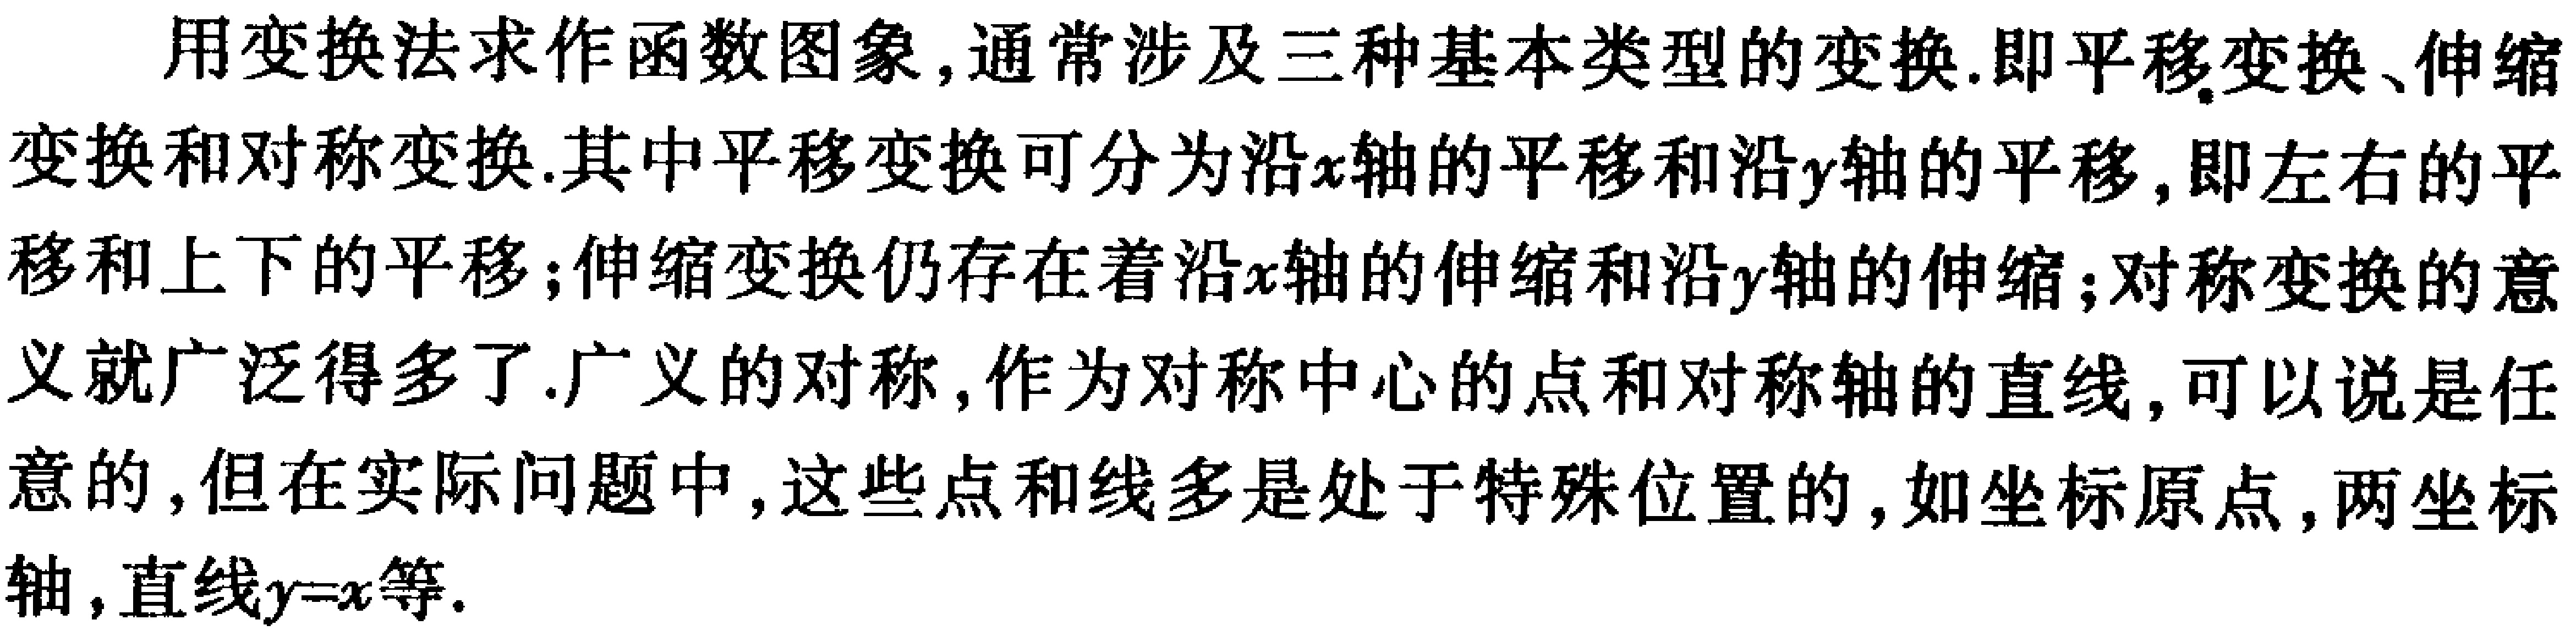
用变换法求作函数图象,通常涉及三种基本类型的变换.即平移变换、伸缩变换和对称变换.其中平移变换可分为沿\(x\)轴的平移和沿\(y\)轴的平移,即左右的平移和上下的平移;伸缩变换仍存在着沿\(x\)轴的伸缩和沿\(y\)轴的伸缩;对称变换的意义就广泛得多了.广义的对称,作为对称中心的点和对称轴的直线,可以说是任意的,但在实际问题中,这些点和线多是处于特殊位置的,如坐标原点,两坐标轴,直线\(y = x\)等.